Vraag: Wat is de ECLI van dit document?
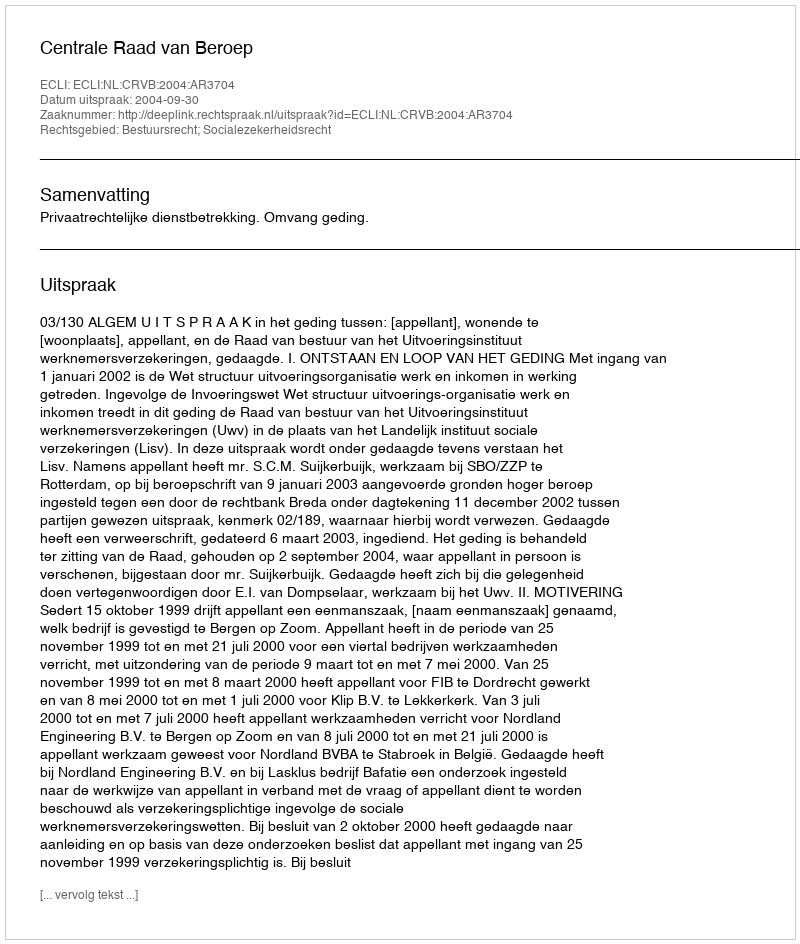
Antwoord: ECLI:NL:CRVB:2004:AR3704